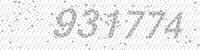
Solution: 931774